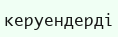
керуендерді